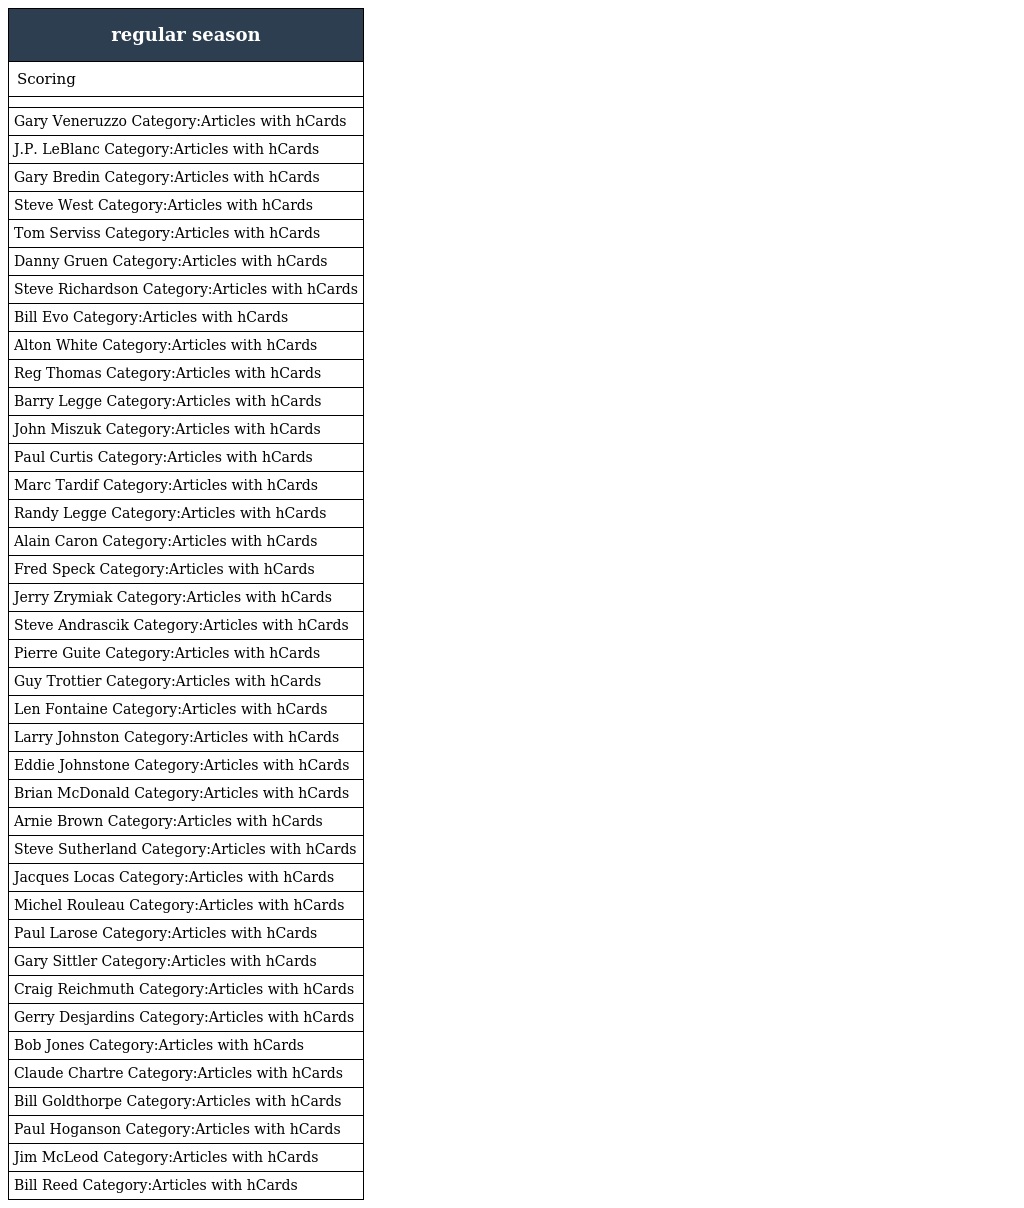
| regular season |
 | --- |
 | Scoring |
 |  |
 | Gary Veneruzzo Category:Articles with hCards |
 | J.P. LeBlanc Category:Articles with hCards |
 | Gary Bredin Category:Articles with hCards |
 | Steve West Category:Articles with hCards |
 | Tom Serviss Category:Articles with hCards |
 | Danny Gruen Category:Articles with hCards |
 | Steve Richardson Category:Articles with hCards |
 | Bill Evo Category:Articles with hCards |
 | Alton White Category:Articles with hCards |
 | Reg Thomas Category:Articles with hCards |
 | Barry Legge Category:Articles with hCards |
 | John Miszuk Category:Articles with hCards |
 | Paul Curtis Category:Articles with hCards |
 | Marc Tardif Category:Articles with hCards |
 | Randy Legge Category:Articles with hCards |
 | Alain Caron Category:Articles with hCards |
 | Fred Speck Category:Articles with hCards |
 | Jerry Zrymiak Category:Articles with hCards |
 | Steve Andrascik Category:Articles with hCards |
 | Pierre Guite Category:Articles with hCards |
 | Guy Trottier Category:Articles with hCards |
 | Len Fontaine Category:Articles with hCards |
 | Larry Johnston Category:Articles with hCards |
 | Eddie Johnstone Category:Articles with hCards |
 | Brian McDonald Category:Articles with hCards |
 | Arnie Brown Category:Articles with hCards |
 | Steve Sutherland Category:Articles with hCards |
 | Jacques Locas Category:Articles with hCards |
 | Michel Rouleau Category:Articles with hCards |
 | Paul Larose Category:Articles with hCards |
 | Gary Sittler Category:Articles with hCards |
 | Craig Reichmuth Category:Articles with hCards |
 | Gerry Desjardins Category:Articles with hCards |
 | Bob Jones Category:Articles with hCards |
 | Claude Chartre Category:Articles with hCards |
 | Bill Goldthorpe Category:Articles with hCards |
 | Paul Hoganson Category:Articles with hCards |
 | Jim McLeod Category:Articles with hCards |
 | Bill Reed Category:Articles with hCards |